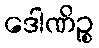
ဒေါဏိဉ္စ